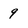
Character: 9